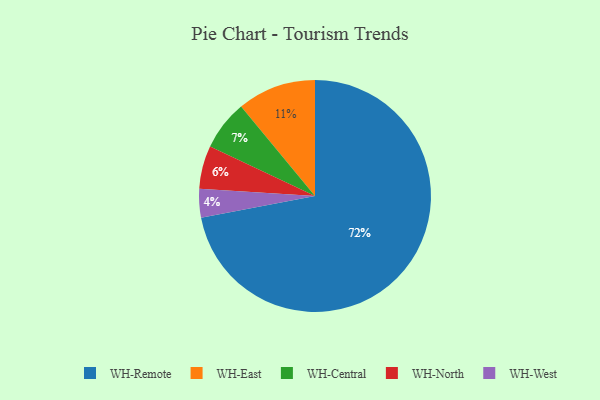
{"axis": {"x": "Category", "y": "Percentage"}, "legend": ["WH-Central", "WH-East", "WH-North", "WH-Remote", "WH-West"], "data": [{"x": "WH-Remote", "y": 72, "type": "WH-Remote"}, {"x": "WH-Central", "y": 7, "type": "WH-Central"}, {"x": "WH-East", "y": 11, "type": "WH-East"}, {"x": "WH-West", "y": 4, "type": "WH-West"}, {"x": "WH-North", "y": 6, "type": "WH-North"}]}